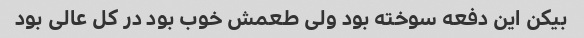
بیکن این دفعه سوخته بود ولی طعمش خوب بود در کل عالی بود